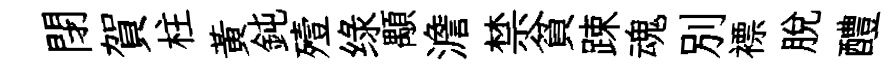
閉賀柱黃鈍殪绿顒澹禁貧踈魂別褾脫醴